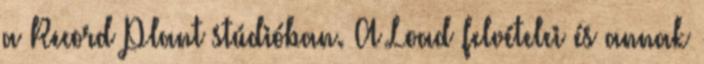
a Record Plant stúdióban. A Load felvételei és annak